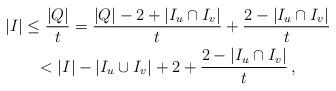
LaTeX: \begin{gather*}|I| \le \frac{|Q|}{t} = \frac{|Q| - 2 +|I_u \cap I_v|}{t} + \frac{2 - |I_u \cap I_v|}{t} \\< |I| - |I_u \cup I_v| + 2 + \frac{2 - |I_u \cap I_v|}{t} \,,\end{gather*}